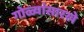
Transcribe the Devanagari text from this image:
गोळ्यांसारखे